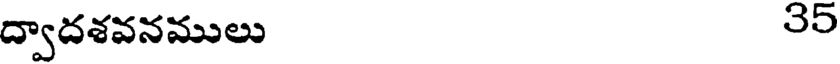
ద్వాదశవనములు 35